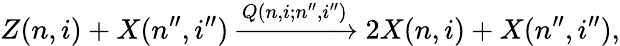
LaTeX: Z(n,i)+X(n^{\prime\prime},i^{\prime\prime})\xrightarrow{Q(n,i;n^{\prime\prime},i^{\prime\prime})}2X(n,i)+X(n^{\prime\prime},i^{\prime\prime}),